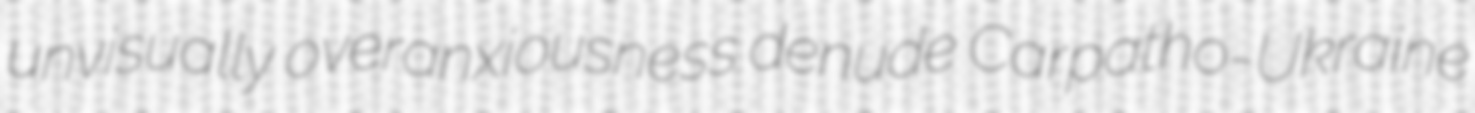
unvisually overanxiousness denude Carpatho-Ukraine